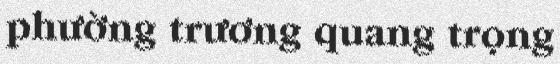
phường trương quang trọng